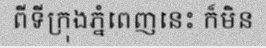
ពីទីក្រុងភ្នំពេញនេះ ក៏មិន